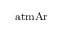
_ \mathrm { a t m A r }